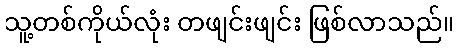
သူ့တစ်ကိုယ်လုံး တဖျင်းဖျင်း ဖြစ်လာသည်။